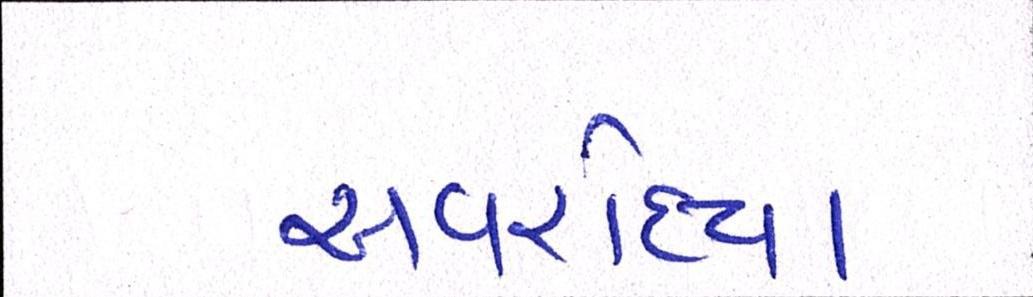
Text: અવરોધ્યા